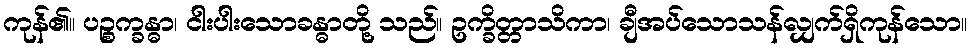
ကုန်၏။ ပဉ္စက္ခန္ဓာ၊ ငါးပါးသောခန္ဓာတို့ သည်။ ဥက္ခိတ္တာသိကာ၊ ချီအပ်သောသန်လျှက်ရှိကုန်သော။